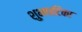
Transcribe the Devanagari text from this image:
शुभघटिका